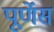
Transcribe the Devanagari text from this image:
पूर्णेस